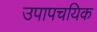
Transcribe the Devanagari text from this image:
उपापचयिक